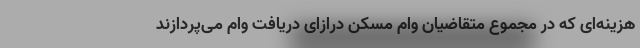
هزینه‌ای که در مجموع متقاضیان وام مسکن درازای دریافت وام می‌پردازند